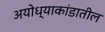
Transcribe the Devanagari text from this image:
अयोध्याकांडातील